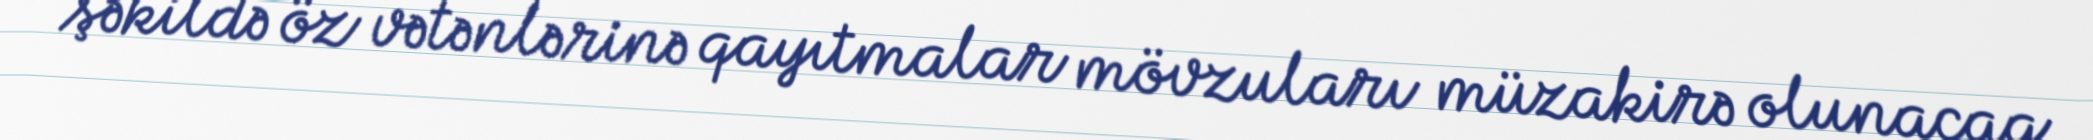
şəkildə öz vətənlərinə qayıtmalar mövzuları müzakirə olunacaq.